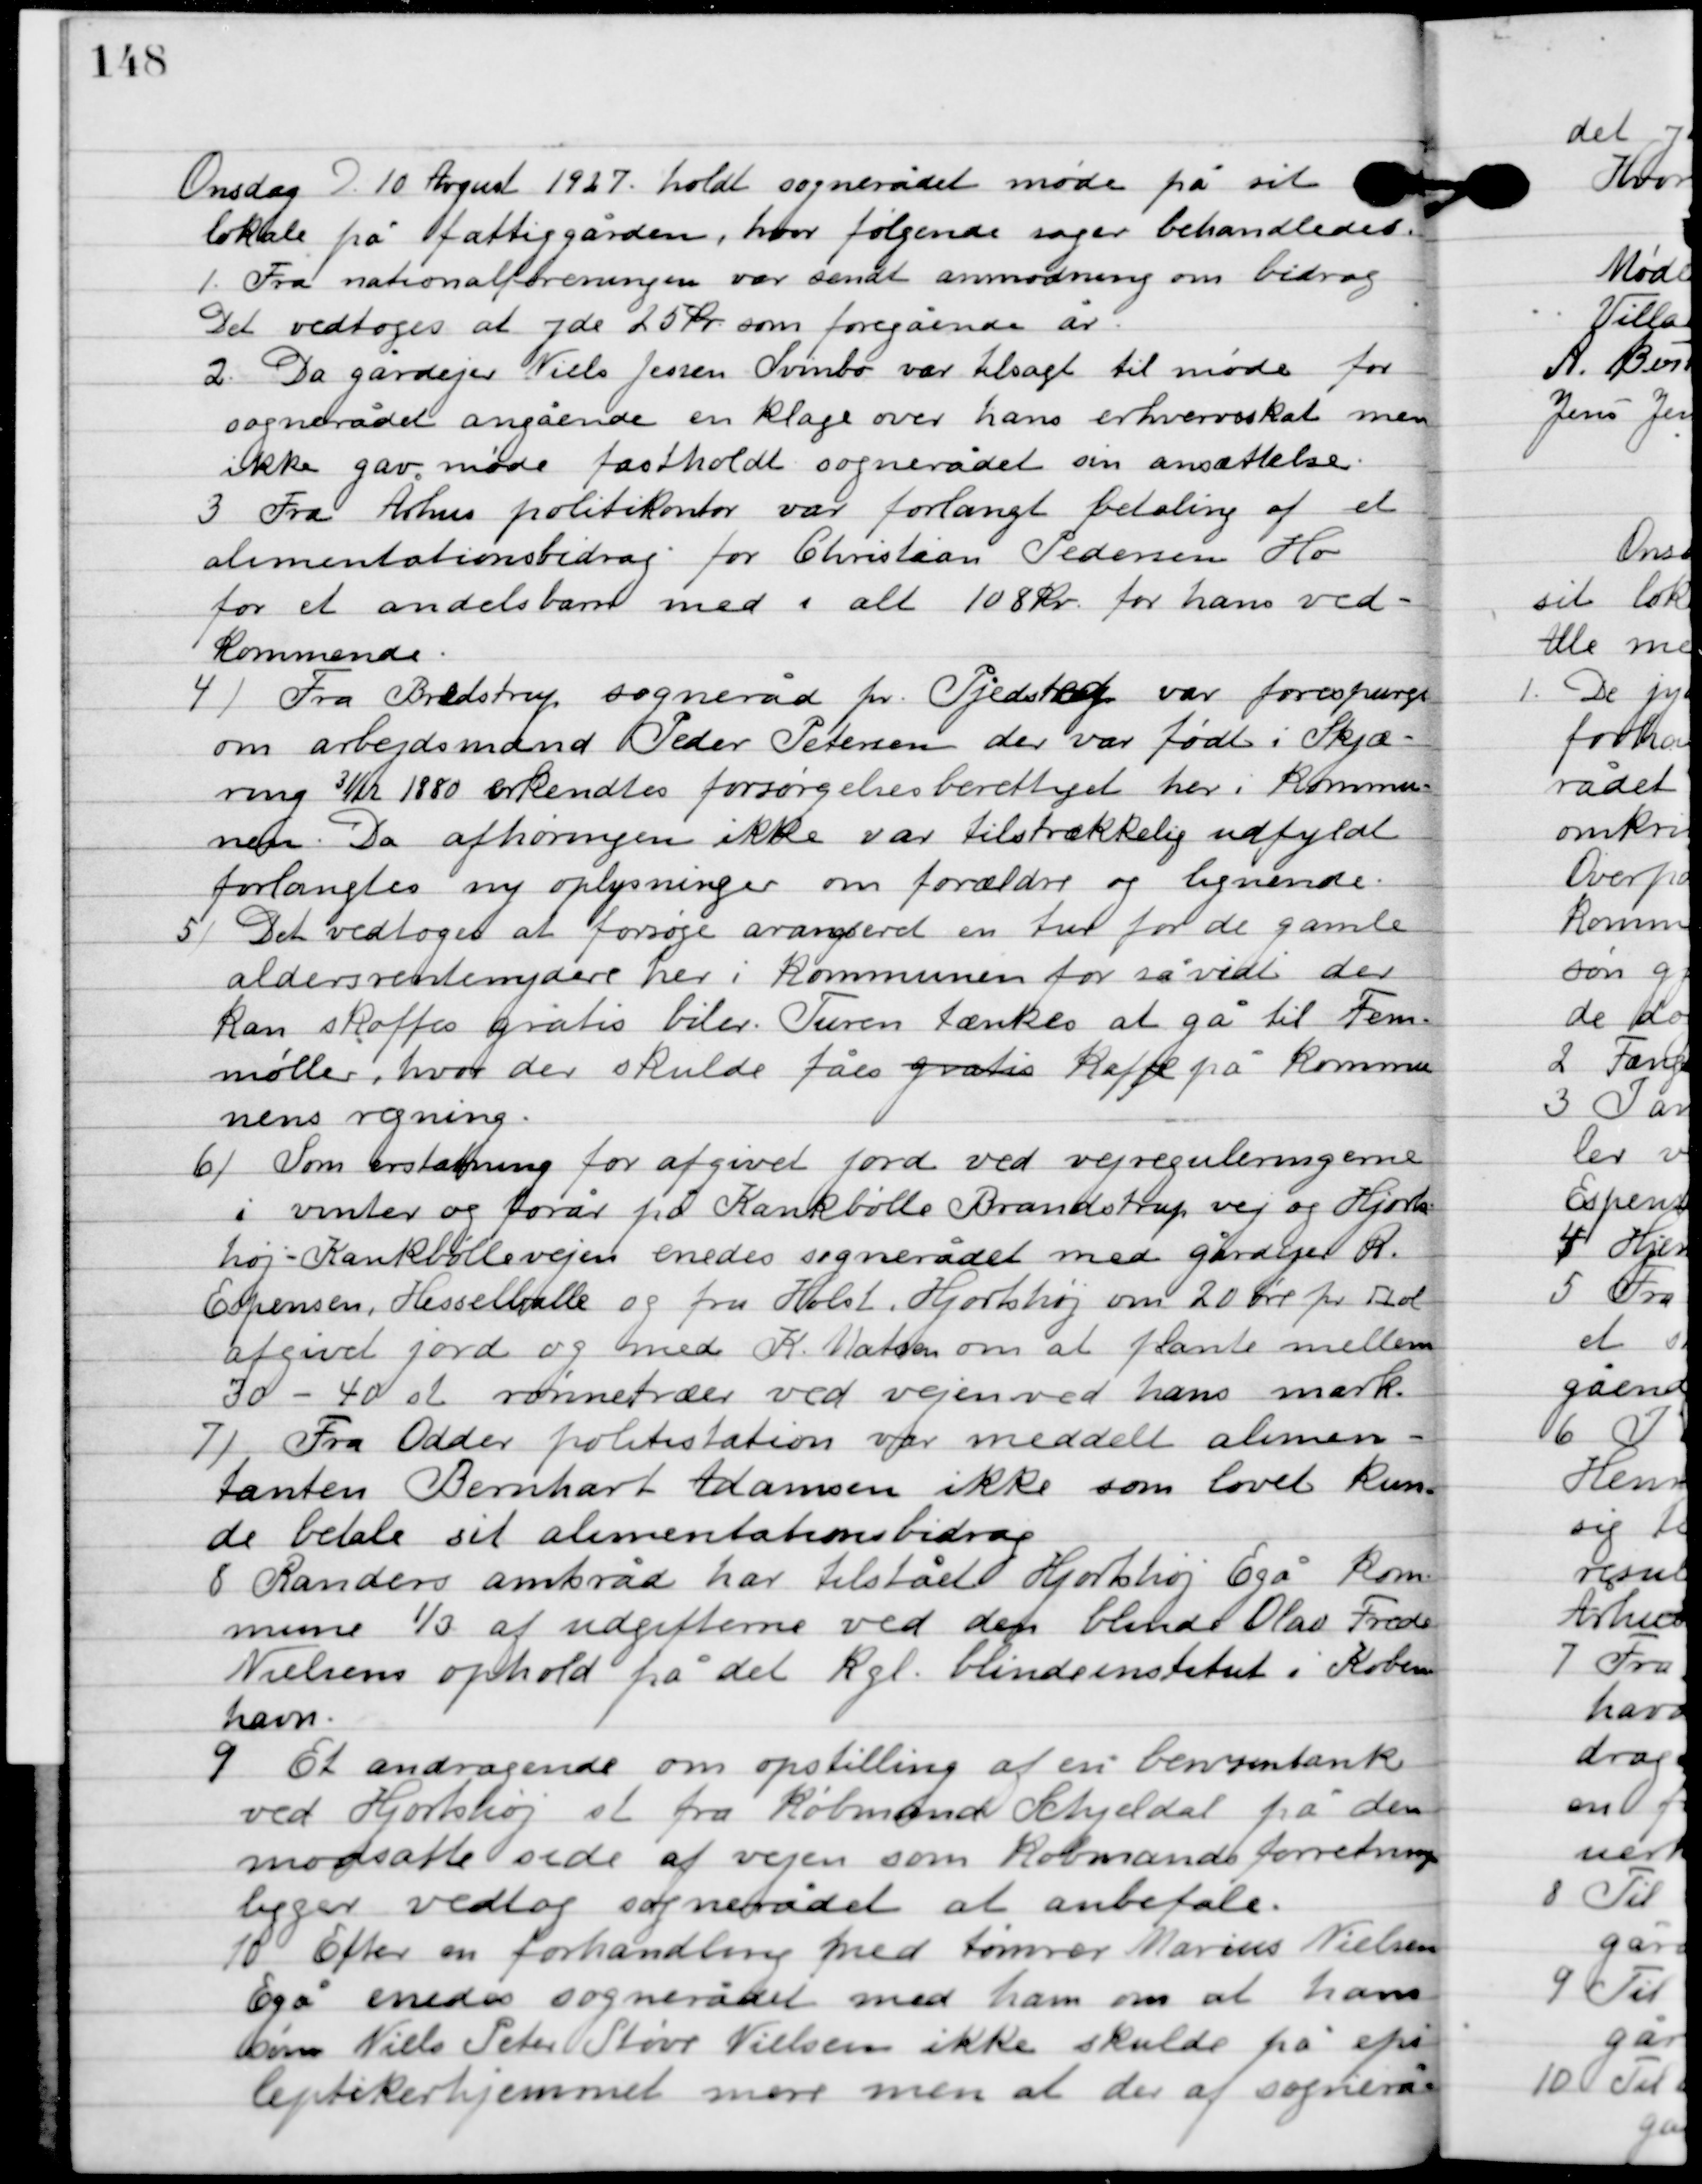
Transskription:
Onsdag D. 10. August 1927 holdt sognerådet møde på sit
lokale på fattiggården, hvor følgende sager behandledes.

1

Fra nationalforeningen var sendt anmodning om bidrag.
Det vedtoges at yde 25 kr. som foregående år.

2

Da gårdejer Niels Jensen Svinbo var tilsagt til møde for
sognerådet angående en klage over hans erhvervsskat men
ikke gav møde fastholdt sognerådet sin ansættelse.

3

Fra Århus politikontor var forlangt betaling af et
alimentationsbidrag for Christian Pedersen Ho
for et andelsbarn med i alt 108 kr. for hans ved-
kommende.

4

Fra Bredstrup, sogneråd pr. fjedsted var forespurgt
om arbejdsmand Peder Petersen der var født i Skjæ-
ring 3/12 1880 erkendtes forsørgelse berettiget her i kommu-
nen. Da afhøringen ikke var tilstrækkelig udfyldt
forlangtes ny oplysninger om forældre og lignende.

5

Det vedtoges at forsøge arrangerer en tur for de gamle
aldersrentenydere her i kommunen for så vidt der
kan skaffes gratis biler. Turen tænkes at gå til Fem-
møller, hvor der skulde fåes gratis kaffe på kommu-
nens regning.

6

Som erstatning for afgivet jord ved vejreguleringerne
i vinter og forår pr. Kankbølle Brandstrup vej og Hjorts-
høj-Kankbøllevejen enedes sognerådet med gårdejer R.
Espersen, Hesselballe og fru Holst. Hjortshøj om 20 øre pr. fold
afgivet jord og med K. Matzen om at plante mellem
30-40 st. rønnetræer ved vejen ved hans mark.

7

Fra Odder politistation var meddelt alimen-
tanten Bernhardt Adamsen ikke som lovet kun-
de betale sit alimentationsbidrag.

8

Randers amtsråd har tilstået Hjortshøj Egå kom-
mune 1/3 af udgifterne ved den blinde Olav Frede
Nielsens ophold på det Kgl. Blindeinstitut i Køben-
havn.

9

Et andragende om opstilling af en benzintank
ved Hjortshøj st. fra Købmand Schjeldal på den
modsatte side af vejen som købmandsforretningen
ligger vedtog sognerådet at anbefale.

10

Efter en forhandling med tømrer Marius Nielsen
Egå enedes sognerådet med ham om at hans
søn Niels Peter Støve Nielsen ikke skulde på epi-
leptikerhjemmet mere men at der af sognerådet